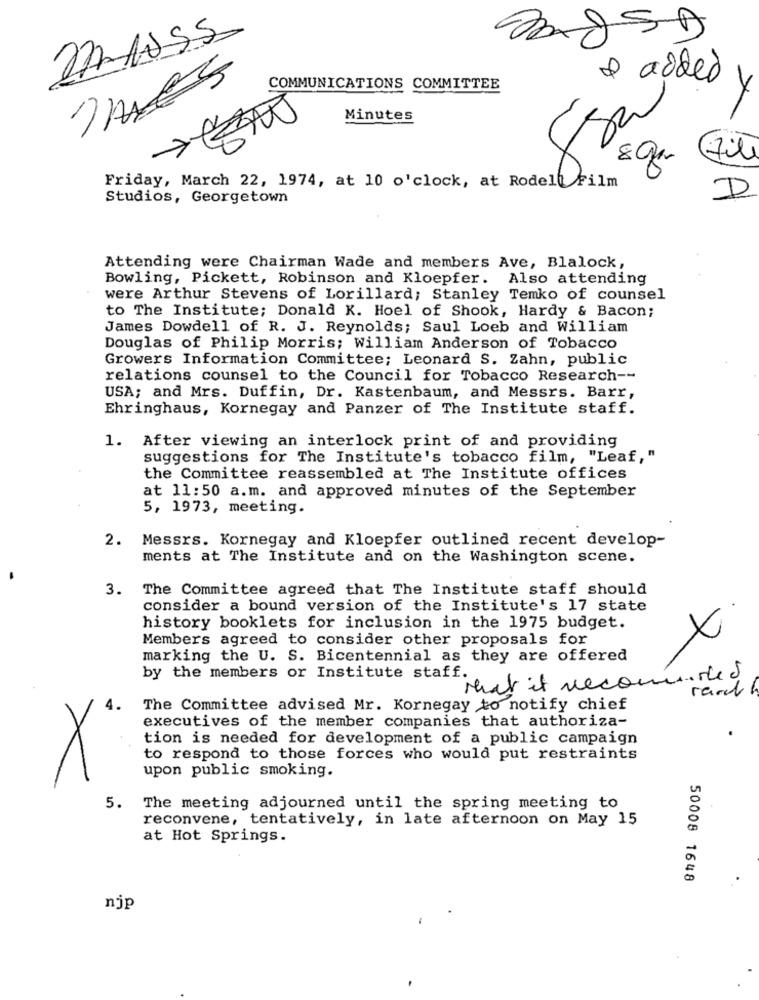
ImES
COMMUNICATIONS COMMITTEE
& added y
Minutes
800
(File
Friday, March 22, 1974, at 10 o'clock, at Rodelt Film
Studios, Georgetown
D
Attending were Chairman Wade and members Ave, Blalock,
Bowling, Pickett, Robinson and Kloepfer. Also attending
were Arthur Stevens of Lorillard; Stanley Temko of counsel
to The Institute; Donald K. Hoel of Shook, Hardy & Bacon;
James Dowdell of R. J. Reynolds; Saul Loeb and William
Douglas of Philip Morris; William Anderson of Tobacco
Growers Information Committee; Leonard S. Zahn, public
relations counsel to the Council for Tobacco Research --
USA; and Mrs. Duffin, Dr. Kastenbaum, and Messrs. Barr,
Ehringhaus, Kornegay and Panzer of The Institute staff.
1. After viewing an interlock print of and providing
suggestions for The Institute's tobacco film, "Leaf,"
the Committee reassembled at The Institute offices
at 11:50 a.m. and approved minutes of the September
5, 1973, meeting.
2.
Messrs. Kornegay and Kloepfer outlined recent develop-
ments at The Institute and on the Washington scene.
3. The Committee agreed that The Institute staff should
consider a bound version of the Institute's 17 state
history booklets for inclusion in the 1975 budget.
Members agreed to consider other proposals for
X
marking the U. S. Bicentennial as they are offered
by the members or Institute staff.
what it recommended
4.
The Committee advised Mr. Kornegay to notify chief
executives of the member companies that authoriza-
tion is needed for development of a public campaign
to respond to those forces who would put restraints
upon public smoking.
X
5.
The meeting adjourned until the spring meeting to
reconvene, tentatively, in late afternoon on May 15
at Hot Springs.
50008 1648
njp